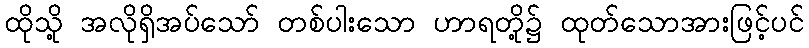
ထိုသို့ အလိုရှိအပ်သော် တစ်ပါးသော ဟာရတို့၌ ထုတ်သောအားဖြင့်ပင်